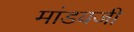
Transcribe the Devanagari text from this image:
मांडवजी